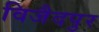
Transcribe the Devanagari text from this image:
विजैदपुर